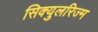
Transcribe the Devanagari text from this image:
सिक्युलरिज्म